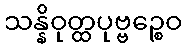
သန္နိဝုတ္ထပုဗ္ဗဉ္စေဝ